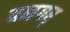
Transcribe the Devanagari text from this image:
बनगर्